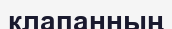
клапанның